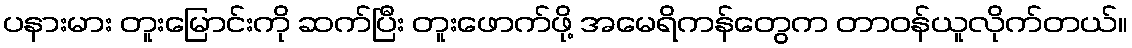
ပနားမား တူးမြောင်းကို ဆက်ပြီး တူးဖောက်ဖို့ အမေရိကန်တွေက တာဝန်ယူလိုက်တယ်။